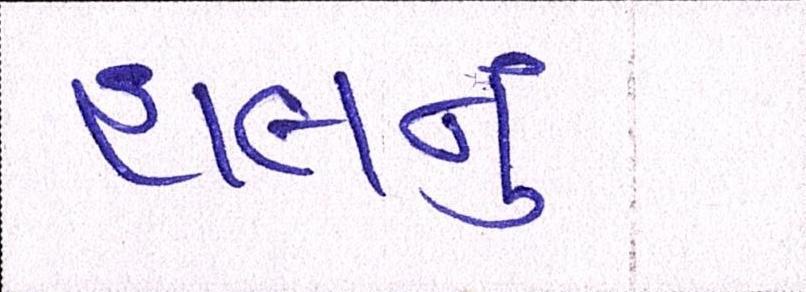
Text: હાલનું